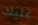
عليك